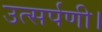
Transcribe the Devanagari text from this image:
उत्सर्पणी।